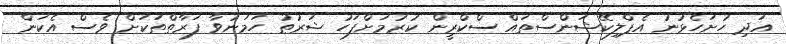
އަދި ހުށަހެޅުނު އެޕްލިކޭޝަންސްތައް ސްކްރީން ކުރުމަށްފަހު ޝަރުޠު ހަމަނުވާ ފަރާތްތަކަށް ވެސް އެކަން